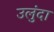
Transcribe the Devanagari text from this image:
उलुंदा